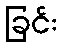
ခြင်း